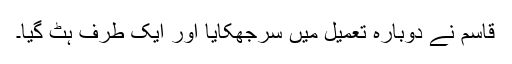
قاسم نے دوبارہ تعمیل میں سرجھکایا اور ایک طرف ہٹ گیا۔